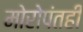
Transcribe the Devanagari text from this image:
मोरोपंतही